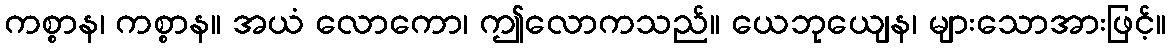
ကစ္စာန၊ ကစ္စာန။ အယံ လောကော၊ ဤလောကသည်။ ယေဘုယျေန၊ များသောအားဖြင့်။